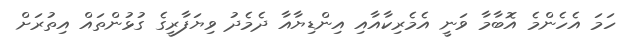
ހަމަ އެހެންމެ އޮބާމާ ވަނީ އެމެރިކާއާއި އިންޑިޔާއާ ދެމެދު ވިޔަފާރީގެ ގުޅުންތައް އިތުރަށް